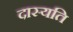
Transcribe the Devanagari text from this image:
दास्यति